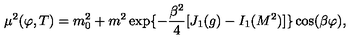
\mu ^ { 2 } ( \varphi , T ) = m _ { 0 } ^ { 2 } + m ^ { 2 } \exp \{ - { \frac { \beta ^ { 2 } } { 4 } } [ J _ { 1 } ( g ) - I _ { 1 } ( M ^ { 2 } ) ] \} \cos ( \beta \varphi ) ,